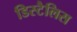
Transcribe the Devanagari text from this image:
डिस्टैलिस